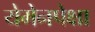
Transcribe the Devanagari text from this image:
येमेनपेक्षा